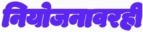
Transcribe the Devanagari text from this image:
नियोजनावरही